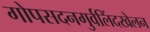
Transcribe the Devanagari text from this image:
गोपसदनगुर्वलिंदखेलन